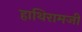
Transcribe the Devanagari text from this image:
हाथिरामजी